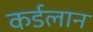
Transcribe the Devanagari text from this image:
कर्डलान